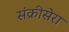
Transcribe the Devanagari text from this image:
संक्रीसेरा